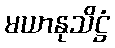
မယာနုသိဋ္ဌံ